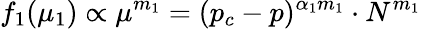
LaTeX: f_{1}(\mu_{1})\propto\mu^{m_{1}}=(p_{c}-p)^{\alpha_{1}m_{1}}\cdot N^{m_{1}}